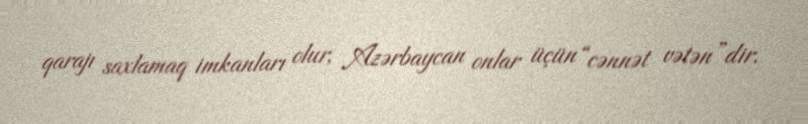
qarajı saxlamaq imkanları olur, Azərbaycan onlar üçün “cənnət vətən”dir.